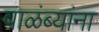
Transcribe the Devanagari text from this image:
वाळंब्यांना